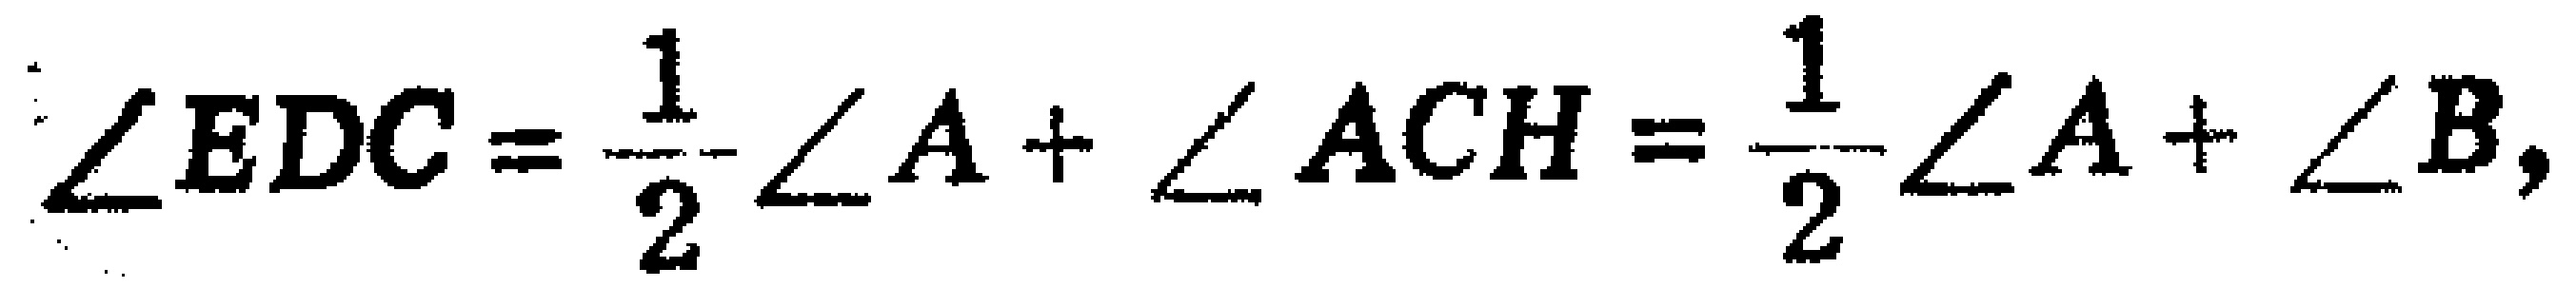
$\angle EDC=\frac{1}{2}\angle A+\angle ACH=\frac{1}{2}\angle A+\angle B,$